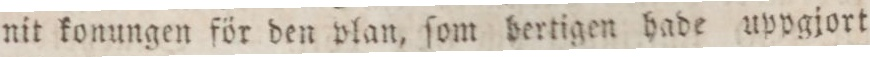
nit konungen för den plan, ſom bertigen hade uppgjort